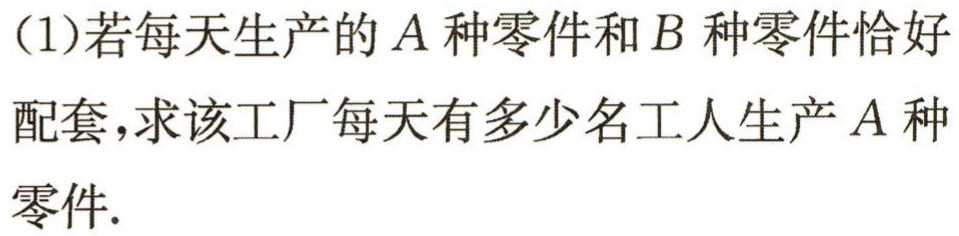
(1)若每天生产的\(A\)种零件和\(B\)种零件恰好配套，求该工厂每天有多少名工人生产\(A\)种零件.